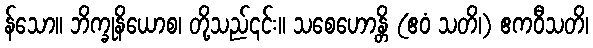
န်သော။ ဘိက္ခုနိယောစ၊ တို့သည်၎င်း။ သစေဟောန္တိ (ဧဝံ သတိ၊) ဧကဝီသတိ၊